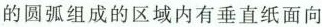
的圆弧组成的区域内有垂直纸面向